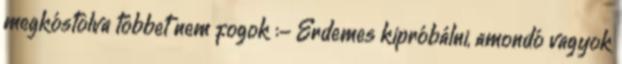
megkóstolva többet nem fogok :- Érdemes kipróbálni, amondó vagyok